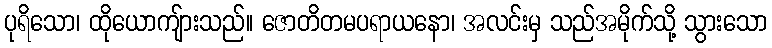
ပုရိသော၊ ထိုယောကျ်ားသည်။ ဇောတိတမပရာယနော၊ အလင်းမှ သည်အမိုက်သို့ သွားသော